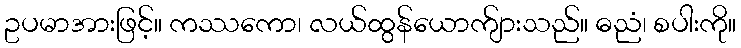
ဥပမာအားဖြင့်။ ကဿကော၊ လယ်ထွန်ယောက်ျားသည်။ ဓညံ၊ စပါးကို။